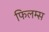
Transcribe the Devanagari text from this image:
फिलम्स